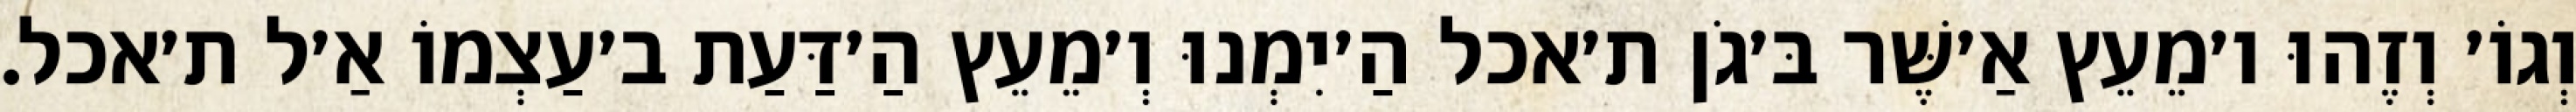
וְגוֹ׳ וְזֶהוּ ו׳מֵעֵץ אַ׳שֶּׁר בּ׳גֹן ת׳אכל הַ׳יִמְנוּ וְ׳מֵעֵץ הַ׳דַּעַת ב׳עַצְמוֹ אַ׳ל ת׳אכל.